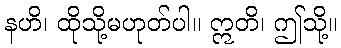
နဟိ၊ ထိုသို့မဟုတ်ပါ။ ဣတိ၊ ဤသို့။